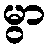
မွာ